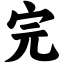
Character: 完